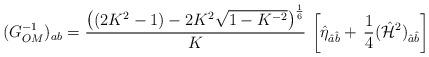
LaTeX: \begin{align*}(G^{-1}_{OM})_{ab} = {\left( (2K^2 -1) - 2K^2 \sqrt{1-K^{-2}} \right)^{1\over6} \over K} \, \left[ \hat{\eta}_{\hat{a}\hat{b}} + \, {1\over 4} (\hat{{\cal H}}^2)_{\hat{a}\hat{b}} \right]\end{align*}